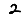
Digit: 2